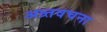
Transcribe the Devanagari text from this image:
अन्र्तवचना